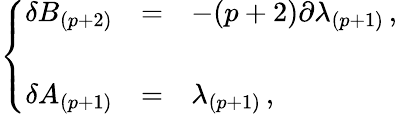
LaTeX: \left\{ \begin{array}{rcl}{{\delta B_{(p+2)}}}&{{=}}&{{-(p+2)\partial\lambda_{(p+1)}\, ,}}\\ {{}}&{{}}&{{}}\\ {{\delta A_{(p+1)}}}&{{=}}&{{\lambda_{(p+1)}\, ,}}\end{array}\right.